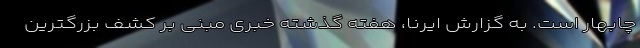
چابهار است. به گزارش ایرنا، هفته گذشته خبری مبنی بر کشف بزرگترین